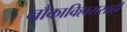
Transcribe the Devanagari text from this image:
नौकाविहारासाठी